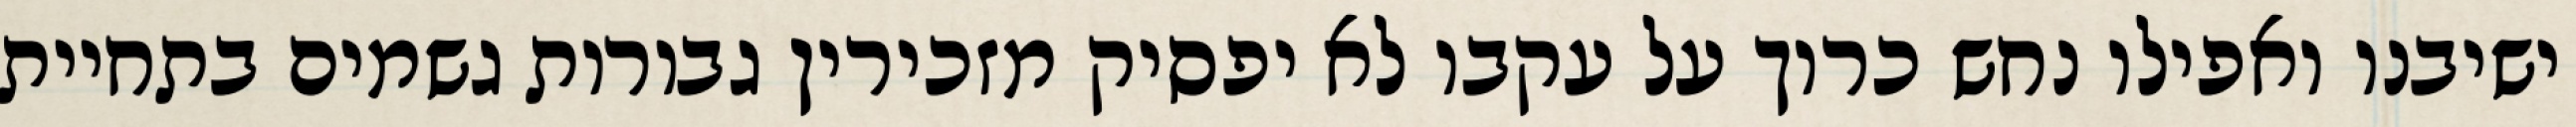
ישיבנו ואפילו נחש כרוך על עקבו לא יפסיק מזכירין גבורות גשמים בתחיית